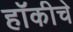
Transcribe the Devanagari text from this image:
हाॅकीचे